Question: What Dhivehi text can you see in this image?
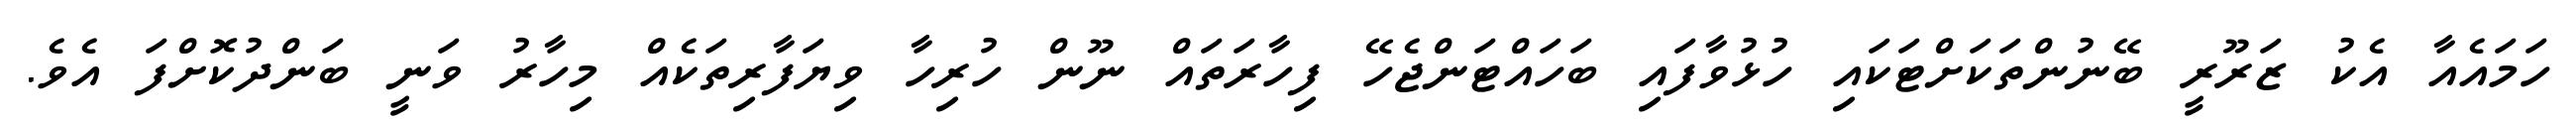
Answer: ހަމައެއާ އެކު ޒަރޫރީ ބޭނުންތަކަށްޓަކައި ހުޅުވާފައި ބަހައްޓަންޖެހޭ ފިހާރަތައް ނޫން ހުރިހާ ވިޔަފާރިތަކެއް މިހާރު ވަނީ ބަންދުކޮށްފަ އެވެ.